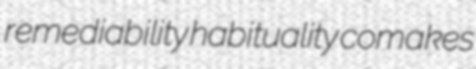
remediability habituality comakes